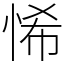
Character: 悕